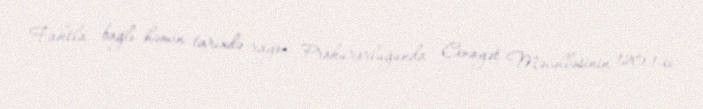
Faktla bağlı həmin tarixdə rayon Prokurorluğunda Cinayət Məcəlləsinin 120.1-ci